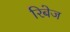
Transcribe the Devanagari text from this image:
रिबेज